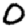
Digit: 0